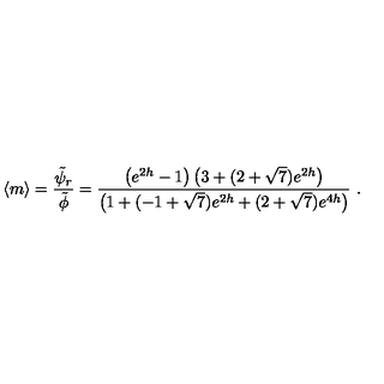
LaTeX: \langle m \rangle = { \frac { \tilde { \psi } _ { r } } { \tilde { \phi } } } = { \frac { \left( e ^ { 2 h } - 1 \right) \left( 3 + ( 2 + \sqrt { 7 } ) e ^ { 2 h } \right) } { \left( 1 + ( - 1 + \sqrt { 7 } ) e ^ { 2 h } + ( 2 + \sqrt { 7 } ) e ^ { 4 h } \right) } } \ .